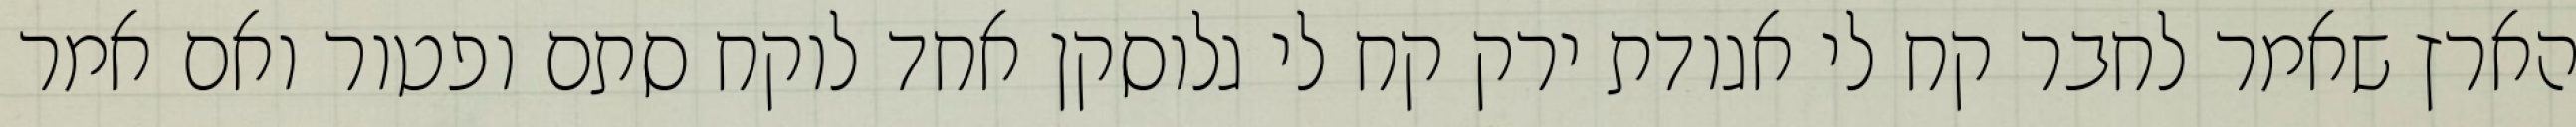
הארץ שאמר לחבר קח לי אגודת ירק קח לי גלוסקן אחד לוקח סתם ופטור ואם אמר